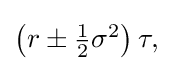
{\textstyle \left(r\pm {\frac {1}{2}}\sigma ^{2}\right)\tau ,}